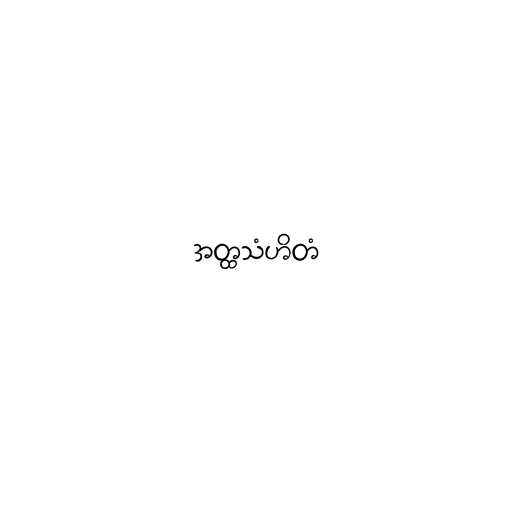
အတ္ထသံဟိတံ